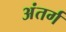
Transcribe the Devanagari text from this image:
अंतर्ग